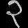
Digit: ၃